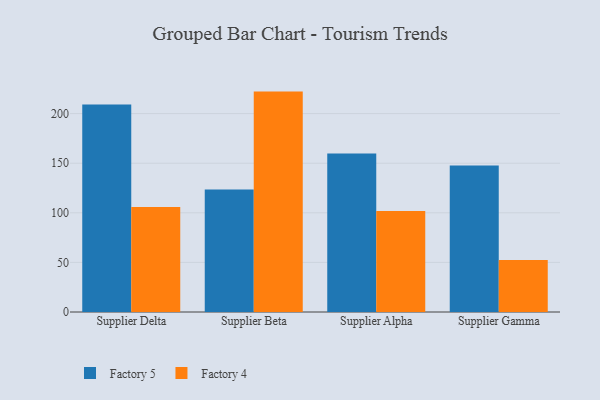
{"axis": {"x": "Supplier", "y": "Backlog"}, "legend": ["Factory 4", "Factory 5"], "data": [{"x": "Supplier Delta", "y": 209.2, "type": "Factory 5"}, {"x": "Supplier Delta", "y": 105.8, "type": "Factory 4"}, {"x": "Supplier Beta", "y": 123.6, "type": "Factory 5"}, {"x": "Supplier Beta", "y": 222.2, "type": "Factory 4"}, {"x": "Supplier Alpha", "y": 159.8, "type": "Factory 5"}, {"x": "Supplier Alpha", "y": 101.7, "type": "Factory 4"}, {"x": "Supplier Gamma", "y": 147.6, "type": "Factory 5"}, {"x": "Supplier Gamma", "y": 52.3, "type": "Factory 4"}]}